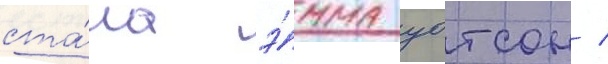
ста́ла э́мма уотсон /